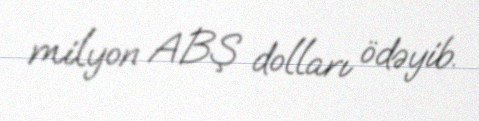
milyon ABŞ dolları ödəyib.